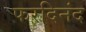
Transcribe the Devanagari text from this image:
फरदिनंद